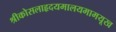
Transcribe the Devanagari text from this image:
श्रीकोसलाहृदयमालयमामयूख